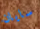
سايان